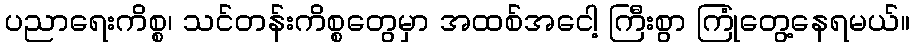
ပညာရေးကိစ္စ၊ သင်တန်းကိစ္စတွေမှာ အထစ်အငေါ့ ကြီးစွာ ကြုံတွေ့နေရမယ်။